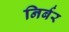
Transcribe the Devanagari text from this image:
निर्बर